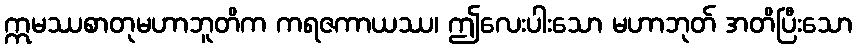
ဣမဿစာတုမဟာဘူတိက ကရဇကာယဿ၊ ဤလေးပါးသော မဟာဘုတ် အတိပြီးသော